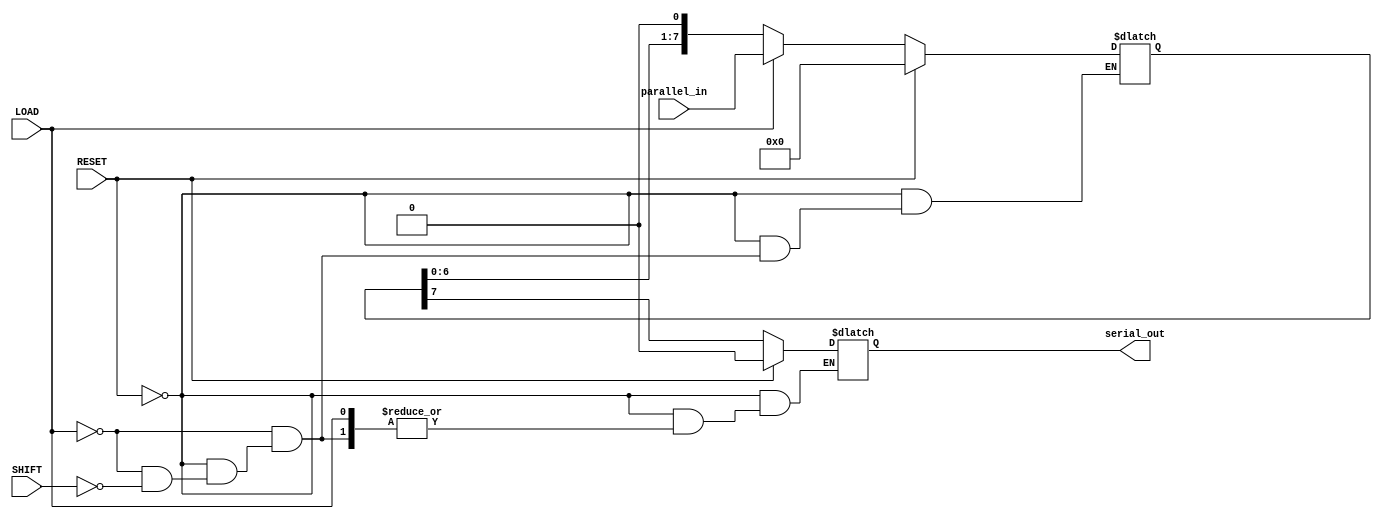
module PISO_Register #(
    parameter N = 8  // Parameter for data width
)(
    input wire [N-1:0] parallel_in, // Parallel data input
    input wire LOAD,                 // Load signal
    input wire SHIFT,                // Shift signal
    input wire RESET,                // Asynchronous reset signal
    output reg serial_out            // Serial data output
);

    reg [N-1:0] shift_reg; // Internal shift register

    always @* begin
        if (RESET) begin
            // Asynchronous reset
            shift_reg = {N{1'b0}};
            serial_out = 1'b0; // Ensure output is also reset
        end else if (LOAD) begin
            // Load parallel data into the register
            shift_reg = parallel_in;
        end else if (SHIFT) begin
            // Shift data out serially
            serial_out = shift_reg[N-1]; // Output the MSB
            shift_reg = {shift_reg[N-2:0], 1'b0}; // Shift left and zero-fill LSB
        end
    end

endmodule